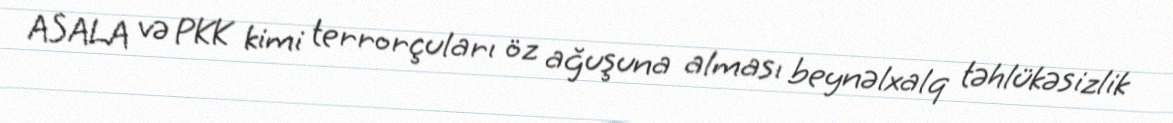
ASALA və PKK kimi terrorçuları öz ağuşuna alması beynəlxalq təhlükəsizlik